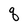
Character: q